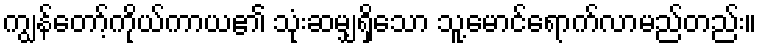
ကျွန်တော့်ကိုယ်ကာယ၏ သုံးဆမျှရှိသော သူ့မောင်ရောက်လာမည်တည်း။